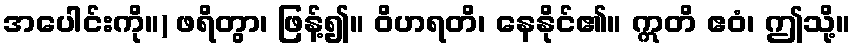
အပေါင်းကို။) ဖရိတွာ၊ ဖြန့်၍။ ဝိဟရတိ၊ နေနိုင်၏။ ဣတိ ဧဝံ၊ ဤသို့။